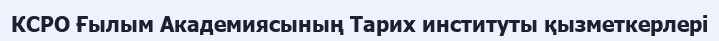
КСРО Ғылым Академиясының Тарих институты қызметкерлері